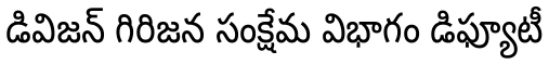
డివిజన్ గిరిజన సంక్షేమ విభాగం డిఫ్యూటీ